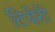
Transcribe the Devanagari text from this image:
टियेरी